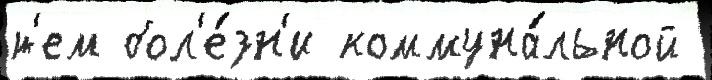
т'ем бол'е́зн'и коммуна́льной